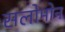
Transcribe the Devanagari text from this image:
सलोमोन